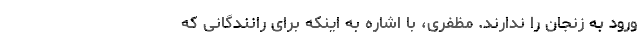
ورود به زنجان را ندارند. مظفری، با اشاره به اینکه برای رانندگانی که